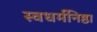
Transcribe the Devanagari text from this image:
स्वधर्मनिष्ठा